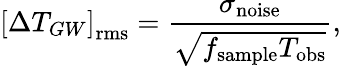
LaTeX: \left[\Delta T_{GW}\right]_{\mathrm{rms}}=\frac{\sigma_{\mathrm{noise}}}{\sqrt{f_{\mathrm{sample}}T_{\mathrm{obs}}}},